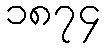
၁၈၇၄